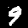
Digit: 9